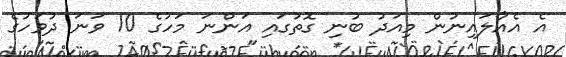
އެ އެއާލައިނުން މިއަދު ބުނި ގޮތުގައި އަންނަ މަހުގެ 10 ވަނަ ދުވަހުގެ